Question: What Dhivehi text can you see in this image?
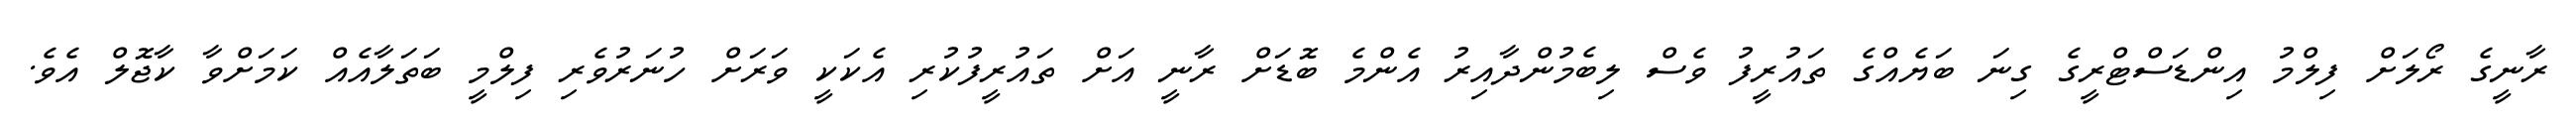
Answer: ރާނީގެ ރޯލަށް ފިލްމު އިންޑަސްޓްރީގެ ގިނަ ބަޔެއްގެ ތައުރީފު ވެސް ލިބެމުންދާއިރު އެންމެ ބޮޑަށް ރާނީ އަށް ތައުރީފުކުރި އެކަކީ ވަރަށް ހުނަރުވެރި ފިލްމީ ބަތަލާއެއް ކަމަށްވާ ކާޖޮލް އެވެ.